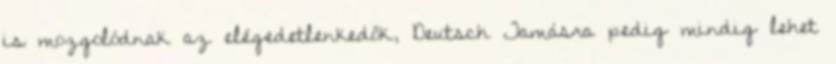
is mozgolódnak az elégedetlenkedők, Deutsch Tamásra pedig mindig lehet